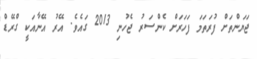
ޖަޔަންތަށް ފުރަތަމަ ފަހަރަށް ކެންސަރު ޖެހުނި 2013 ގައެވެ. އޭރު އޭނާއަކީ ގްރޭޑް